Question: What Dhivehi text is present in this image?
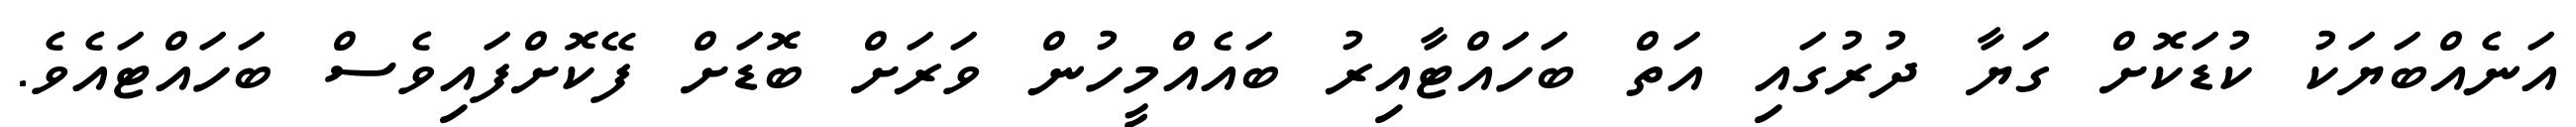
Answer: އަނެއްބަޔަކު ކުޑަކޮށް ގަޔާ ދުރުގައި އަތް ބަހައްޓާއިރު ބައެއްމީހުން ވަރަށް ބޮޑަށް ފޭކޮށްފައިވެސް ބަހައްޓައެވެ.